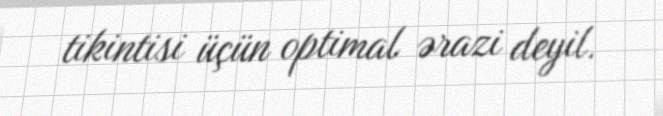
tikintisi üçün optimal ərazi deyil.